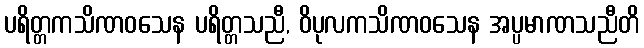
ပရိတ္တကသိဏဝသေန ပရိတ္တသညီ, ဝိပုလကသိဏဝသေန အပ္ပမာဏသညီတိ